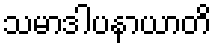
သမာဒါပနာယာတိ